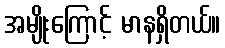
အမျိုးကြောင့် မာနရှိတယ်။